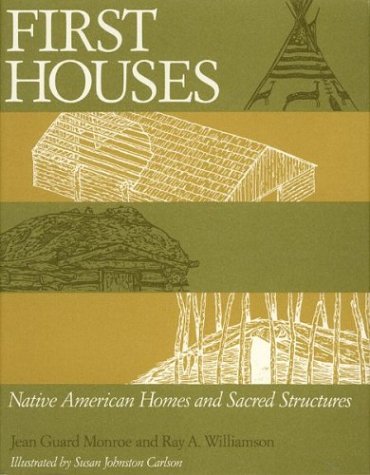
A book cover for First Houses: Native American Homes and Sacred Structures; Ray A. Williamson; Teen & Young Adult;